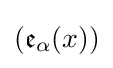
({\mathfrak {e}}_{\alpha }(x))